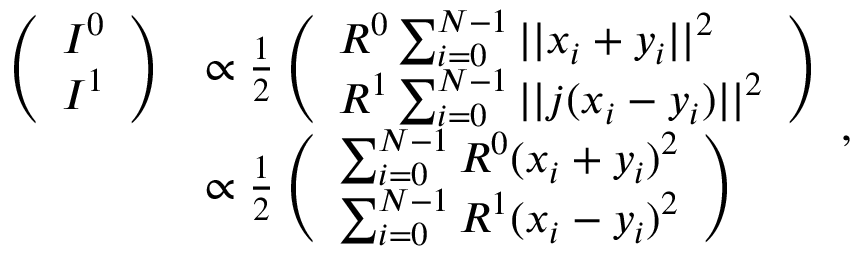
\begin{array} { r l } { \left( \begin{array} { l } { I ^ { 0 } } \\ { I ^ { 1 } } \end{array} \right) } & { \propto \frac { 1 } { 2 } \left( \begin{array} { l } { R ^ { 0 } \sum _ { i = 0 } ^ { N - 1 } | | x _ { i } + y _ { i } | | ^ { 2 } } \\ { R ^ { 1 } \sum _ { i = 0 } ^ { N - 1 } | | j ( x _ { i } - y _ { i } ) | | ^ { 2 } } \end{array} \right) } \\ & { \propto \frac { 1 } { 2 } \left( \begin{array} { l } { \sum _ { i = 0 } ^ { N - 1 } R ^ { 0 } ( x _ { i } + y _ { i } ) ^ { 2 } } \\ { \sum _ { i = 0 } ^ { N - 1 } R ^ { 1 } ( x _ { i } - y _ { i } ) ^ { 2 } } \end{array} \right) } \end{array} ,